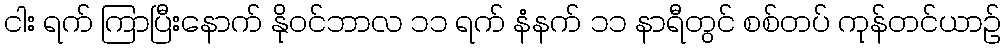
ငါး ရက် ကြာပြီးနောက် နိုဝင်ဘာလ ၁၁ ရက် နံနက် ၁၁ နာရီတွင် စစ်တပ် ကုန်တင်ယာဉ်